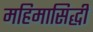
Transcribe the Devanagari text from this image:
महिमासिद्धी